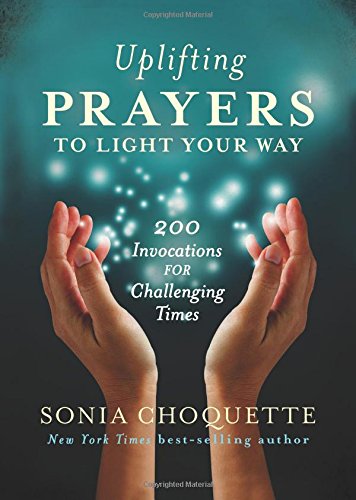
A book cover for Uplifting Prayers to Show the Way: 200 Invocations for Challenging Times; Sonia Choquette; Religion & Spirituality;